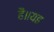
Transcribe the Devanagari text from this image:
है॥यह